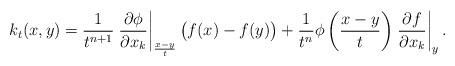
LaTeX: \begin{align*}k_{t} (x,y)=\frac{1}{t^{n+1}}\left.{\frac{\partial \phi}{\partial x_{k}}}\right|_{\frac{x-y}{t}}\bigl(f(x)-f(y)\bigr)+\frac{1}{t^{n}}\phi\left(\frac{x-y}{t}\right)\left.{\frac{\partial f}{\partial x_{k}}}\right|_{y}.\end{align*}